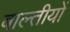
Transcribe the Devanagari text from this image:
बाल्तीयों